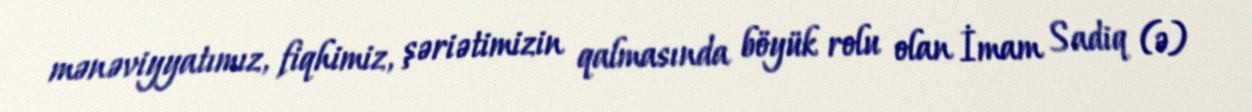
mənəviyyatımız, fiqhimiz, şəriətimizin qalmasında böyük rolu olan İmam Sadiq (ə)